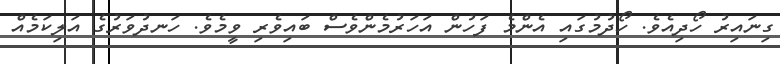
ގިނައިރު ހޯދިއެވެ. ހޯދުމުގައި އެންމެ ފަހުން އަހަރުމެންވެސް ބައިވެރި ވީމެވެ. ހަނދުވަރުގެ އަލިކަމެއް